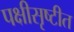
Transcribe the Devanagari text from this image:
पक्षीसृष्टीत